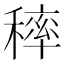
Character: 𥡢